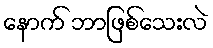
နောက် ဘာဖြစ်သေးလဲ